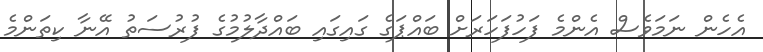
އެހެން ނަމަވެސް އެންމެ ފަހުފަހަރަށް ބައްޕަގެ ގައިގައި ބައްދާލުމުގެ ފުރުސަތު އޭނާ ކިތަންމެ